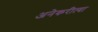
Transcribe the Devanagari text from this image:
अनेकरीत्या